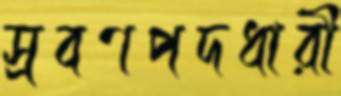
স্রবণপদধারী